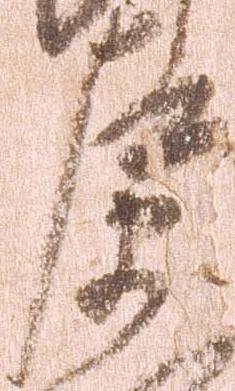
左